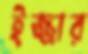
ইজ্জার